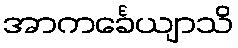
အာကင်္ခေယျာသိ